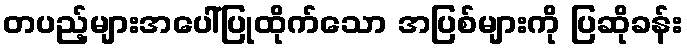
တပည့်များအပေါ်ပြုထိုက်သော အပြစ်များကို ပြဆိုခန်း